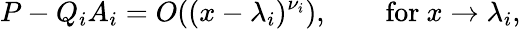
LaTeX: P-Q_{i}A_{i}=O((x-\lambda_{i})^{\nu_{i}}),\qquad{\mathrm{for~}}x\to\lambda_{i},